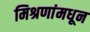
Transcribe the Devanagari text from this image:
मिश्रणांमधून